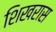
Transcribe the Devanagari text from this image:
शिखरास